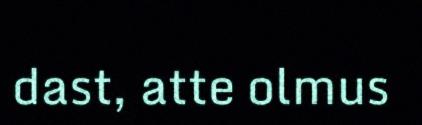
dast, atte olmus